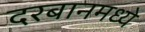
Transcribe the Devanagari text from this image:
दरबानमध्ये